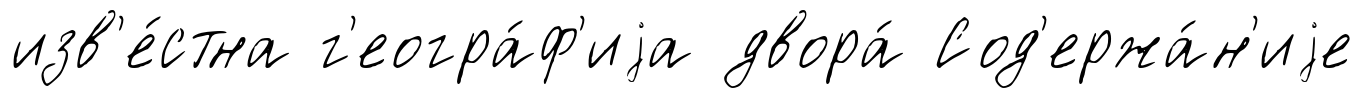
изв'е́стна г'еогра́ф'иjа двора́ Сод'ержа́н'иjе